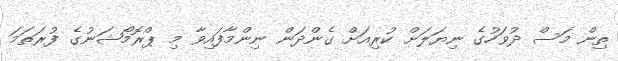
ތިން މަސް ދުވަހުގެ ނިޔަލަށް ކުރިއަށް ގެންދަން ނިންމާފައިވާ މި ޕްރޮމޯޝަނުގެ ފުރަތަމަ